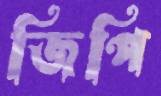
জিপি